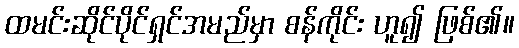
ထမင်းဆိုင်ပိုင်ရှင်အမည်မှာ စန်ကိုင်း ဟူ၍ ဖြစ်၏။